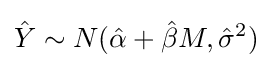
{\hat {Y}}\sim N({\hat {\alpha }}+{\hat {\beta }}M,{\hat {\sigma }}^{2})